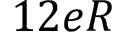
1 2 e R